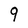
Character: 9